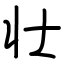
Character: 壮